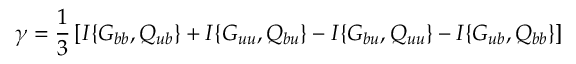
\gamma = \frac { 1 } { 3 } \left[ { I \{ { G _ { b b } , Q _ { u b } } \} + I \{ { G _ { u u } , Q _ { b u } } \} - I \{ { G _ { b u } , Q _ { u u } } \} - I \{ { G _ { u b } , Q _ { b b } } \} } \right]